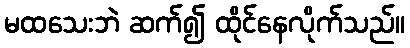
မထသေးဘဲ ဆက်၍ ထိုင်နေလိုက်သည်။